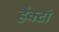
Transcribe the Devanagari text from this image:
हैक्टॉ